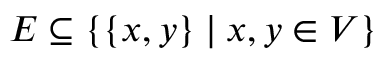
E \subseteq \{ \{ x , y \} \mid x , y \in V \}